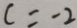
c = - 2